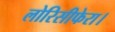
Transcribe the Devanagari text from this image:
लोरिसीफेरा।